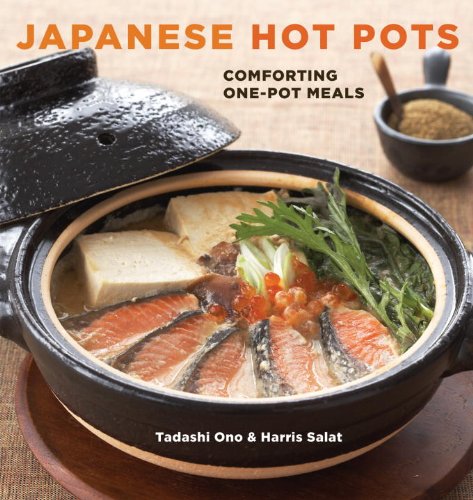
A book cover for Japanese Hot Pots: Comforting One-Pot Meals; Tadashi Ono; Cookbooks, Food & Wine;